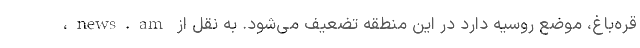
قره‌باغ، موضع روسیه دارد در این منطقه تضعیف می‌شود. به نقل از news.am،